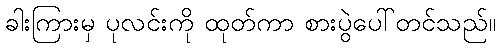
ခါးကြားမှ ပုလင်းကို ထုတ်ကာ စားပွဲပေါ်တင်သည်။